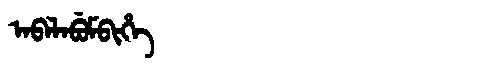
Manchu: ᠠᠪᠠᠯᠠᠪᡠᠮᠪᡳᡥᡝ
Romanization: ABALABUMBIHE